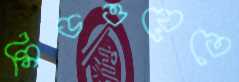
মিডওয়েতে